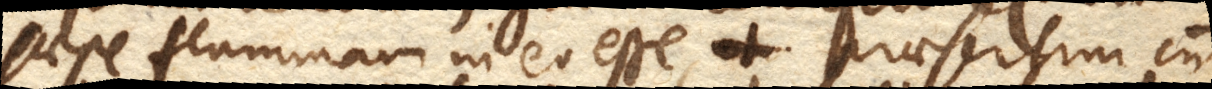
saepe flammam in eo esse, praesertim cum